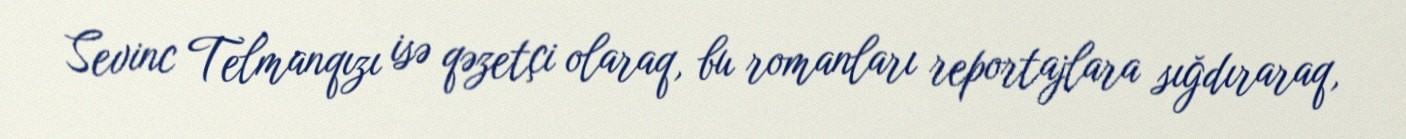
Sevinc Telmanqızı isə qəzetçi olaraq, bu romanları reportajlara sığdıraraq,